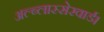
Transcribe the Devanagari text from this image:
अल्ब्लास्सेरवार्ड।